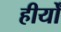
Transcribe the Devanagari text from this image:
हीर्यों